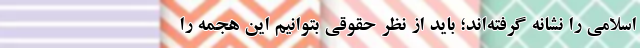
اسلامی را نشانه گرفته‌اند؛ باید از نظر حقوقی بتوانیم این هجمه را